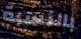
بالنسبة